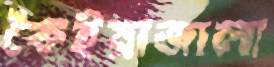
কৈইয়াজালা